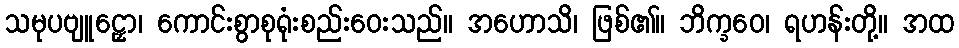
သမုပဗျူဠှော၊ ကောင်းစွာစုရုံးစည်းဝေးသည်။ အဟောသိ၊ ဖြစ်၏။ ဘိက္ခဝေ၊ ရဟန်းတို့။ အထ